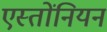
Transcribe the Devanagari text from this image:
एस्तोंनियन